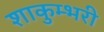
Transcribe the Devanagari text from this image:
शाकुम्भरी